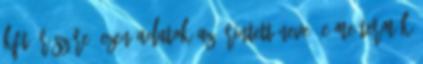
Kft. részére. Ezen adatok az Érintett neve, címe termék